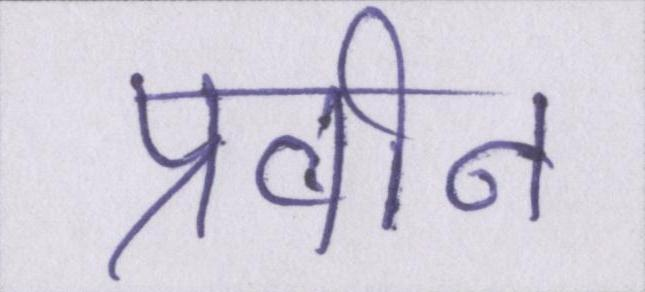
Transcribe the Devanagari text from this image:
प्रवीन